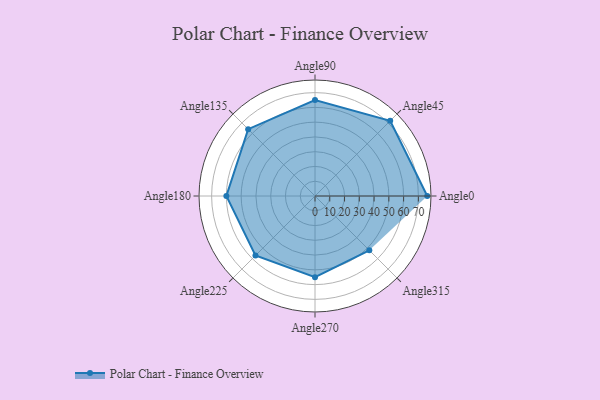
{"axis": {"x": "Angle", "y": "Radius"}, "legend": [""], "data": [{"x": "Angle0", "y": 76.0, "type": ""}, {"x": "Angle45", "y": 72.0, "type": ""}, {"x": "Angle90", "y": 65.0, "type": ""}, {"x": "Angle135", "y": 64.0, "type": ""}, {"x": "Angle180", "y": 60.0, "type": ""}, {"x": "Angle225", "y": 57.0, "type": ""}, {"x": "Angle270", "y": 55.0, "type": ""}, {"x": "Angle315", "y": 52.0, "type": ""}]}